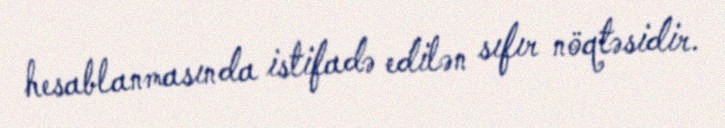
hesablanmasında istifadə edilən sıfır nöqtəsidir.